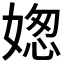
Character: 𡟟